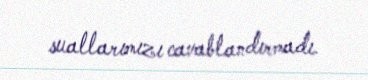
suallarımızı cavablandırmadı.